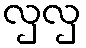
လှလှ